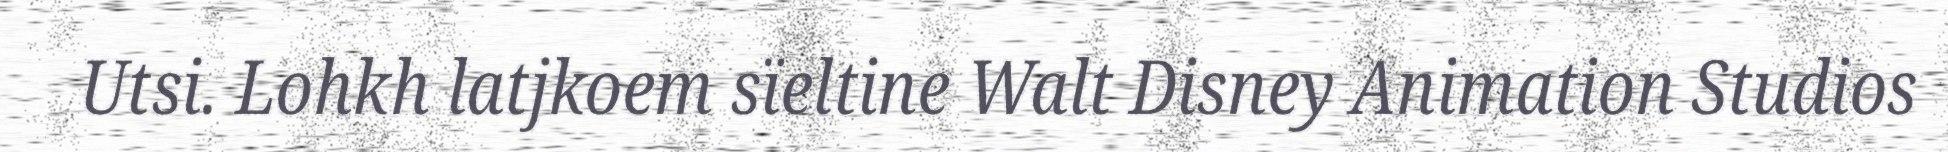
Utsi. Lohkh latjkoem sïeltine Walt Disney Animation Studios